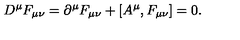
D ^ { \mu } F _ { \mu \nu } = \partial ^ { \mu } F _ { \mu \nu } + [ A ^ { \mu } , F _ { \mu \nu } ] = 0 .